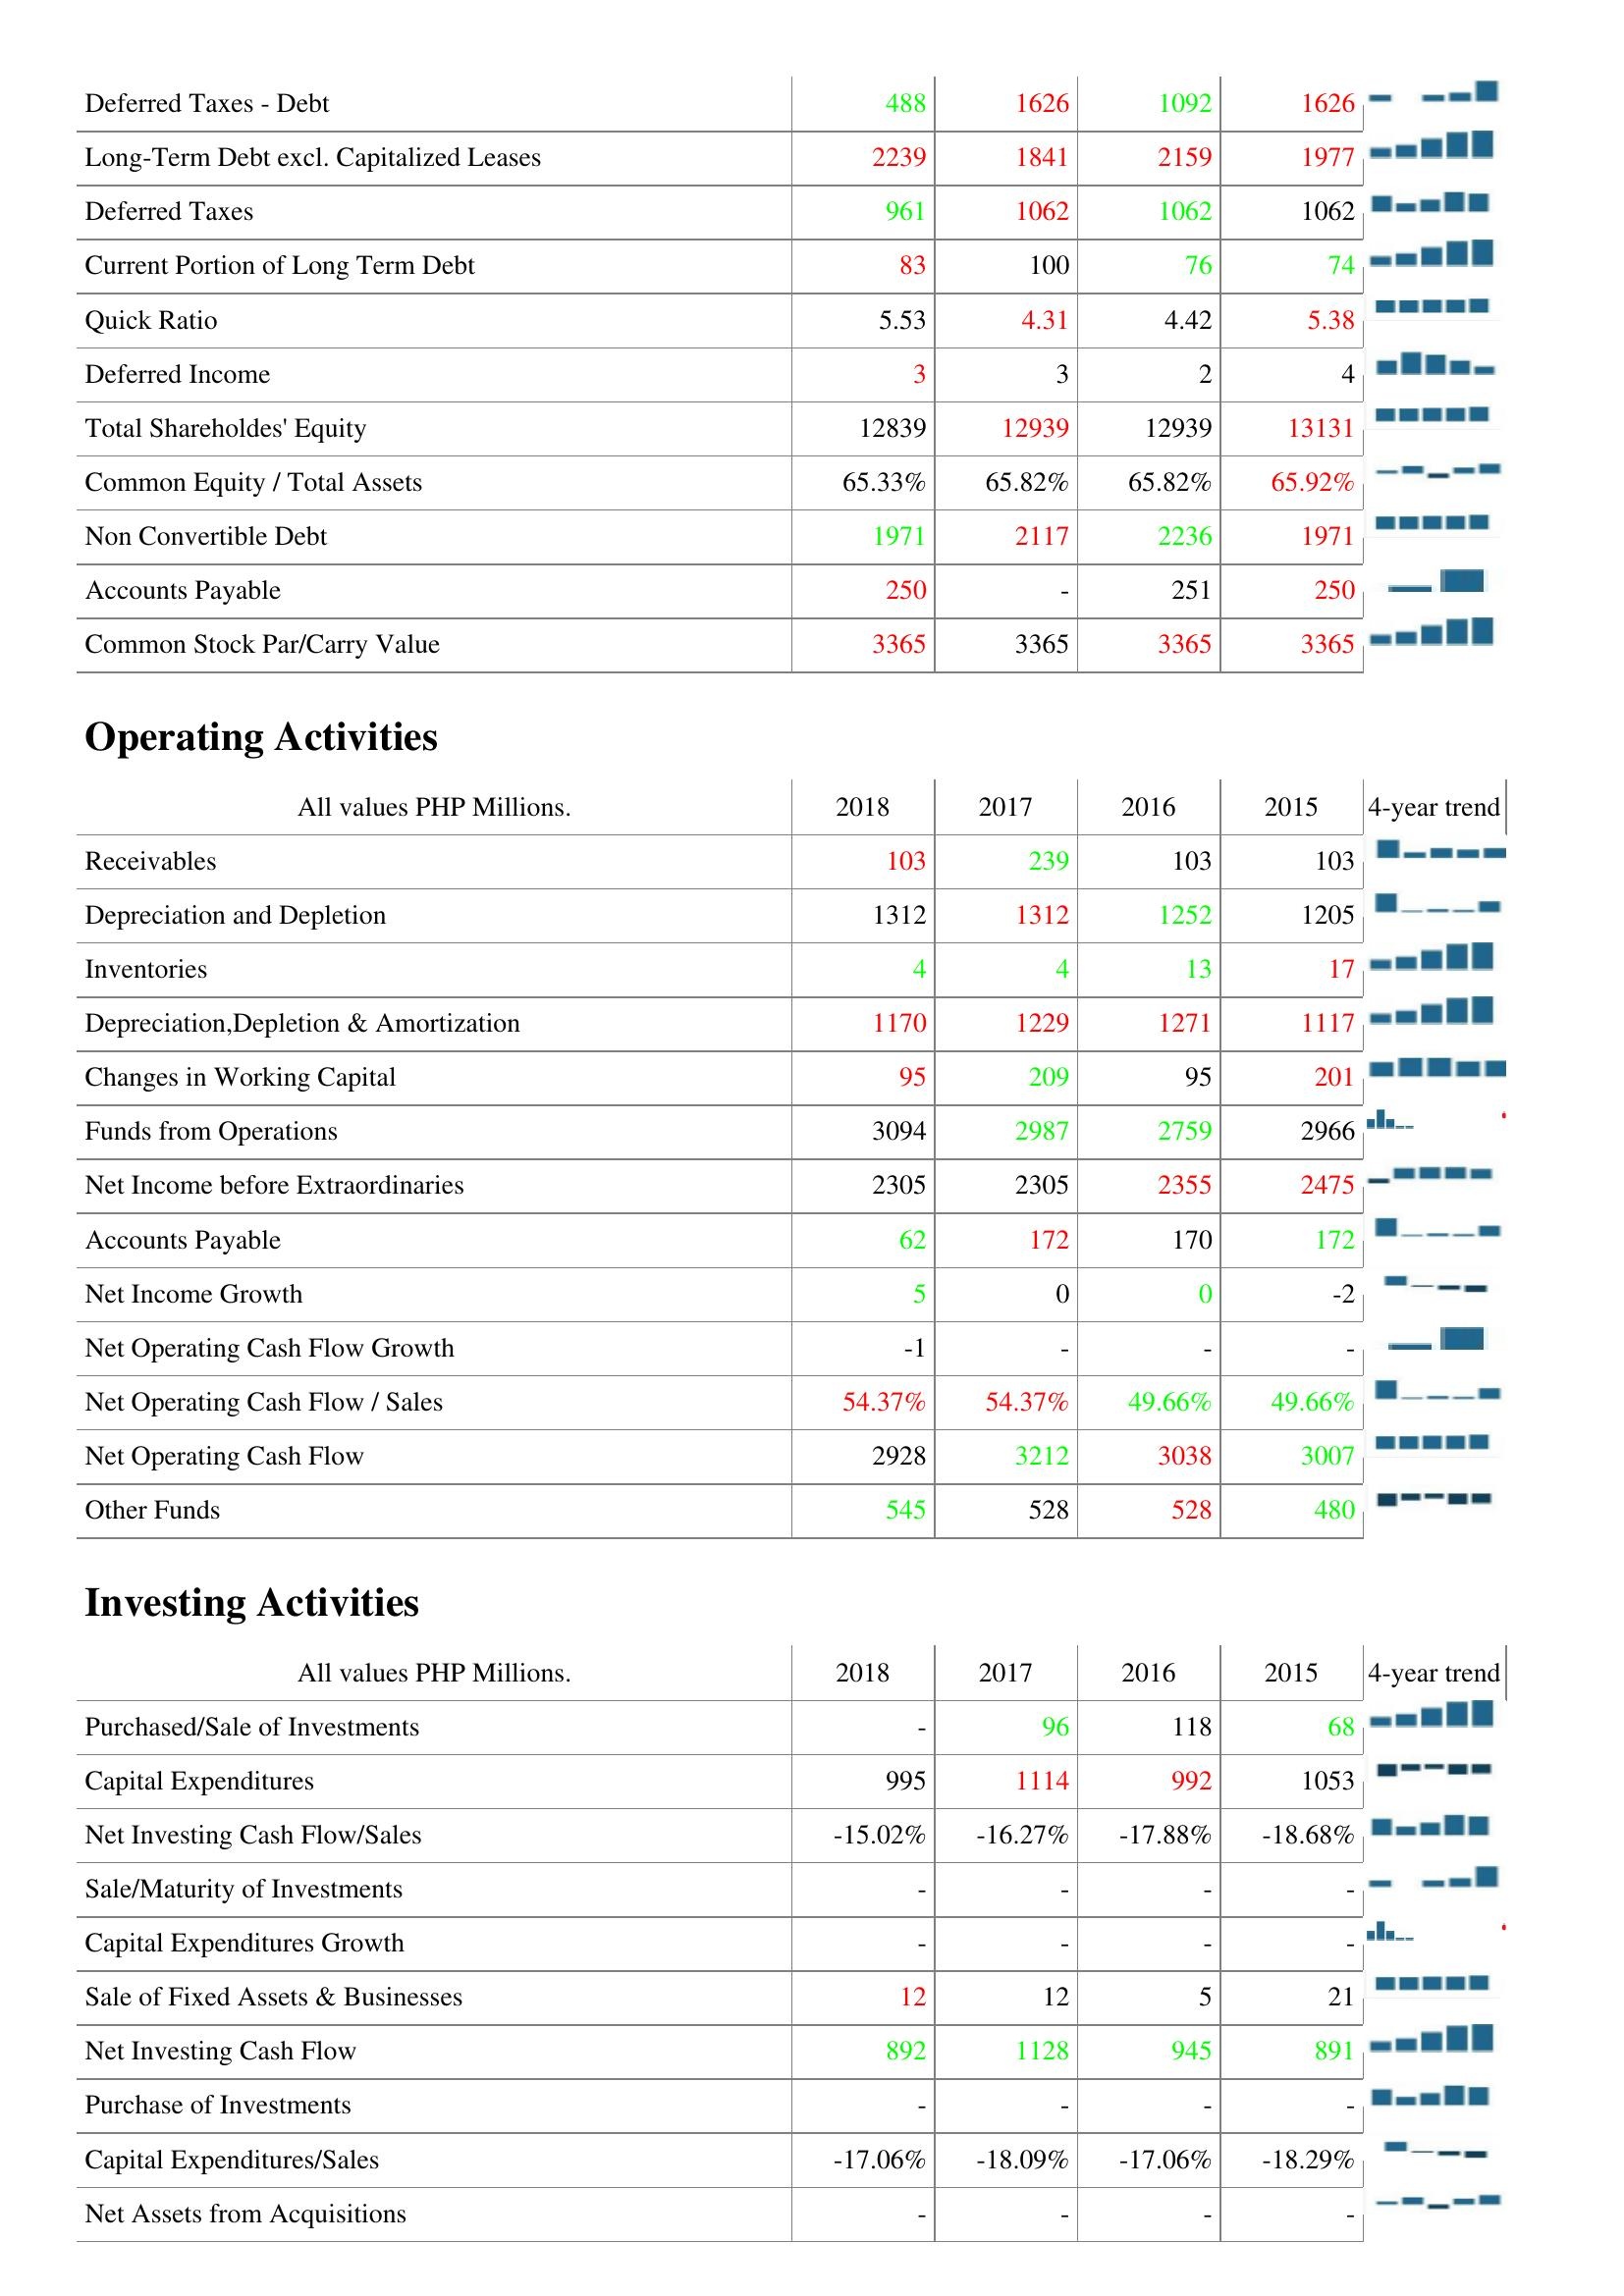
2018: Liabilities & Shareholder's Equity: Deferred Taxes - Debt: 488
Long-Term Debt excl. Capitalized Leases: 2239
Deferred Taxes: 961
Current Portion of Long Term Debt: 83
Quick Ratio: 5.53
Deferred Income: 3
Total Shareholdes' Equity: 12839
Common Equity / Total Assets: 65.33%
Non Convertible Debt: 1971
Accounts Payable: 250
Common Stock Par/Carry Value: 3365
Operating Activities: Receivables: 103
Depreciation and Depletion: 1312
Inventories: 4
Depreciation,Depletion & Amortization: 1170
Changes in Working Capital: 95
Funds from Operations: 3094
Net Income before Extraordinaries: 2305
Accounts Payable: 62
Net Income Growth: 5
Net Operating Cash Flow Growth: -1
Net Operating Cash Flow / Sales: 54.37%
Net Operating Cash Flow: 2928
Other Funds: 545
Investing Activities: Purchased/Sale of Investments: -
Capital Expenditures: 995
Net Investing Cash Flow/Sales: -15.02%
Sale/Maturity of Investments: -
Capital Expenditures Growth: -
Sale of Fixed Assets & Businesses: 12
Net Investing Cash Flow: 892
Purchase of Investments: -
Capital Expenditures/Sales: -17.06%
Net Assets from Acquisitions: -
2017: Liabilities & Shareholder's Equity: Deferred Taxes - Debt: 1626
Long-Term Debt excl. Capitalized Leases: 1841
Deferred Taxes: 1062
Current Portion of Long Term Debt: 100
Quick Ratio: 4.31
Deferred Income: 3
Total Shareholdes' Equity: 12939
Common Equity / Total Assets: 65.82%
Non Convertible Debt: 2117
Accounts Payable: -
Common Stock Par/Carry Value: 3365
Operating Activities: Receivables: 239
Depreciation and Depletion: 1312
Inventories: 4
Depreciation,Depletion & Amortization: 1229
Changes in Working Capital: 209
Funds from Operations: 2987
Net Income before Extraordinaries: 2305
Accounts Payable: 172
Net Income Growth: 0
Net Operating Cash Flow Growth: -
Net Operating Cash Flow / Sales: 54.37%
Net Operating Cash Flow: 3212
Other Funds: 528
Investing Activities: Purchased/Sale of Investments: 96
Capital Expenditures: 1114
Net Investing Cash Flow/Sales: -16.27%
Sale/Maturity of Investments: -
Capital Expenditures Growth: -
Sale of Fixed Assets & Businesses: 12
Net Investing Cash Flow: 1128
Purchase of Investments: -
Capital Expenditures/Sales: -18.09%
Net Assets from Acquisitions: -
2016: Liabilities & Shareholder's Equity: Deferred Taxes - Debt: 1092
Long-Term Debt excl. Capitalized Leases: 2159
Deferred Taxes: 1062
Current Portion of Long Term Debt: 76
Quick Ratio: 4.42
Deferred Income: 2
Total Shareholdes' Equity: 12939
Common Equity / Total Assets: 65.82%
Non Convertible Debt: 2236
Accounts Payable: 251
Common Stock Par/Carry Value: 3365
Operating Activities: Receivables: 103
Depreciation and Depletion: 1252
Inventories: 13
Depreciation,Depletion & Amortization: 1271
Changes in Working Capital: 95
Funds from Operations: 2759
Net Income before Extraordinaries: 2355
Accounts Payable: 170
Net Income Growth: 0
Net Operating Cash Flow Growth: -
Net Operating Cash Flow / Sales: 49.66%
Net Operating Cash Flow: 3038
Other Funds: 528
Investing Activities: Purchased/Sale of Investments: 118
Capital Expenditures: 992
Net Investing Cash Flow/Sales: -17.88%
Sale/Maturity of Investments: -
Capital Expenditures Growth: -
Sale of Fixed Assets & Businesses: 5
Net Investing Cash Flow: 945
Purchase of Investments: -
Capital Expenditures/Sales: -17.06%
Net Assets from Acquisitions: -
2015: Liabilities & Shareholder's Equity: Deferred Taxes - Debt: 1626
Long-Term Debt excl. Capitalized Leases: 1977
Deferred Taxes: 1062
Current Portion of Long Term Debt: 74
Quick Ratio: 5.38
Deferred Income: 4
Total Shareholdes' Equity: 13131
Common Equity / Total Assets: 65.92%
Non Convertible Debt: 1971
Accounts Payable: 250
Common Stock Par/Carry Value: 3365
Operating Activities: Receivables: 103
Depreciation and Depletion: 1205
Inventories: 17
Depreciation,Depletion & Amortization: 1117
Changes in Working Capital: 201
Funds from Operations: 2966
Net Income before Extraordinaries: 2475
Accounts Payable: 172
Net Income Growth: -2
Net Operating Cash Flow Growth: -
Net Operating Cash Flow / Sales: 49.66%
Net Operating Cash Flow: 3007
Other Funds: 480
Investing Activities: Purchased/Sale of Investments: 68
Capital Expenditures: 1053
Net Investing Cash Flow/Sales: -18.68%
Sale/Maturity of Investments: -
Capital Expenditures Growth: -
Sale of Fixed Assets & Businesses: 21
Net Investing Cash Flow: 891
Purchase of Investments: -
Capital Expenditures/Sales: -18.29%
Net Assets from Acquisitions: -